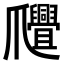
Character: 𤕊